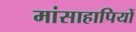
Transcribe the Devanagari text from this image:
मांसाहापियों